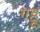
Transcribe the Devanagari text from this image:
गहूं